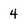
Character: 4